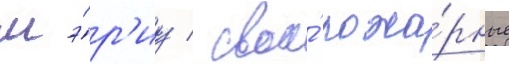
мэ́р'иу / свои́ пожа́рные